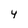
Character: 4